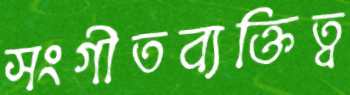
সংগীতব্যক্তিত্ব